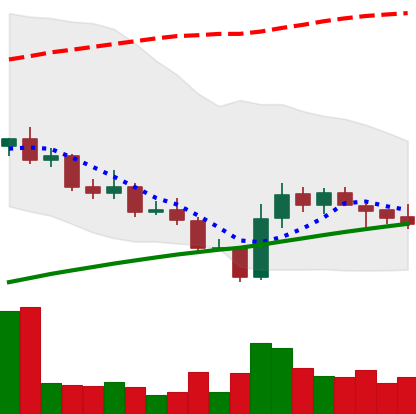
Ticker: LINK-USD
Chart end date: 2020-10-01
Forward return: -9.022%
Label: down_7plus